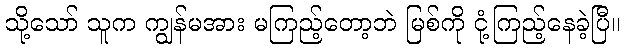
သို့သော် သူက ကျွန်မအား မကြည့်တော့ဘဲ မြစ်ကို ငုံ့ကြည့်နေခဲ့ပြီ။